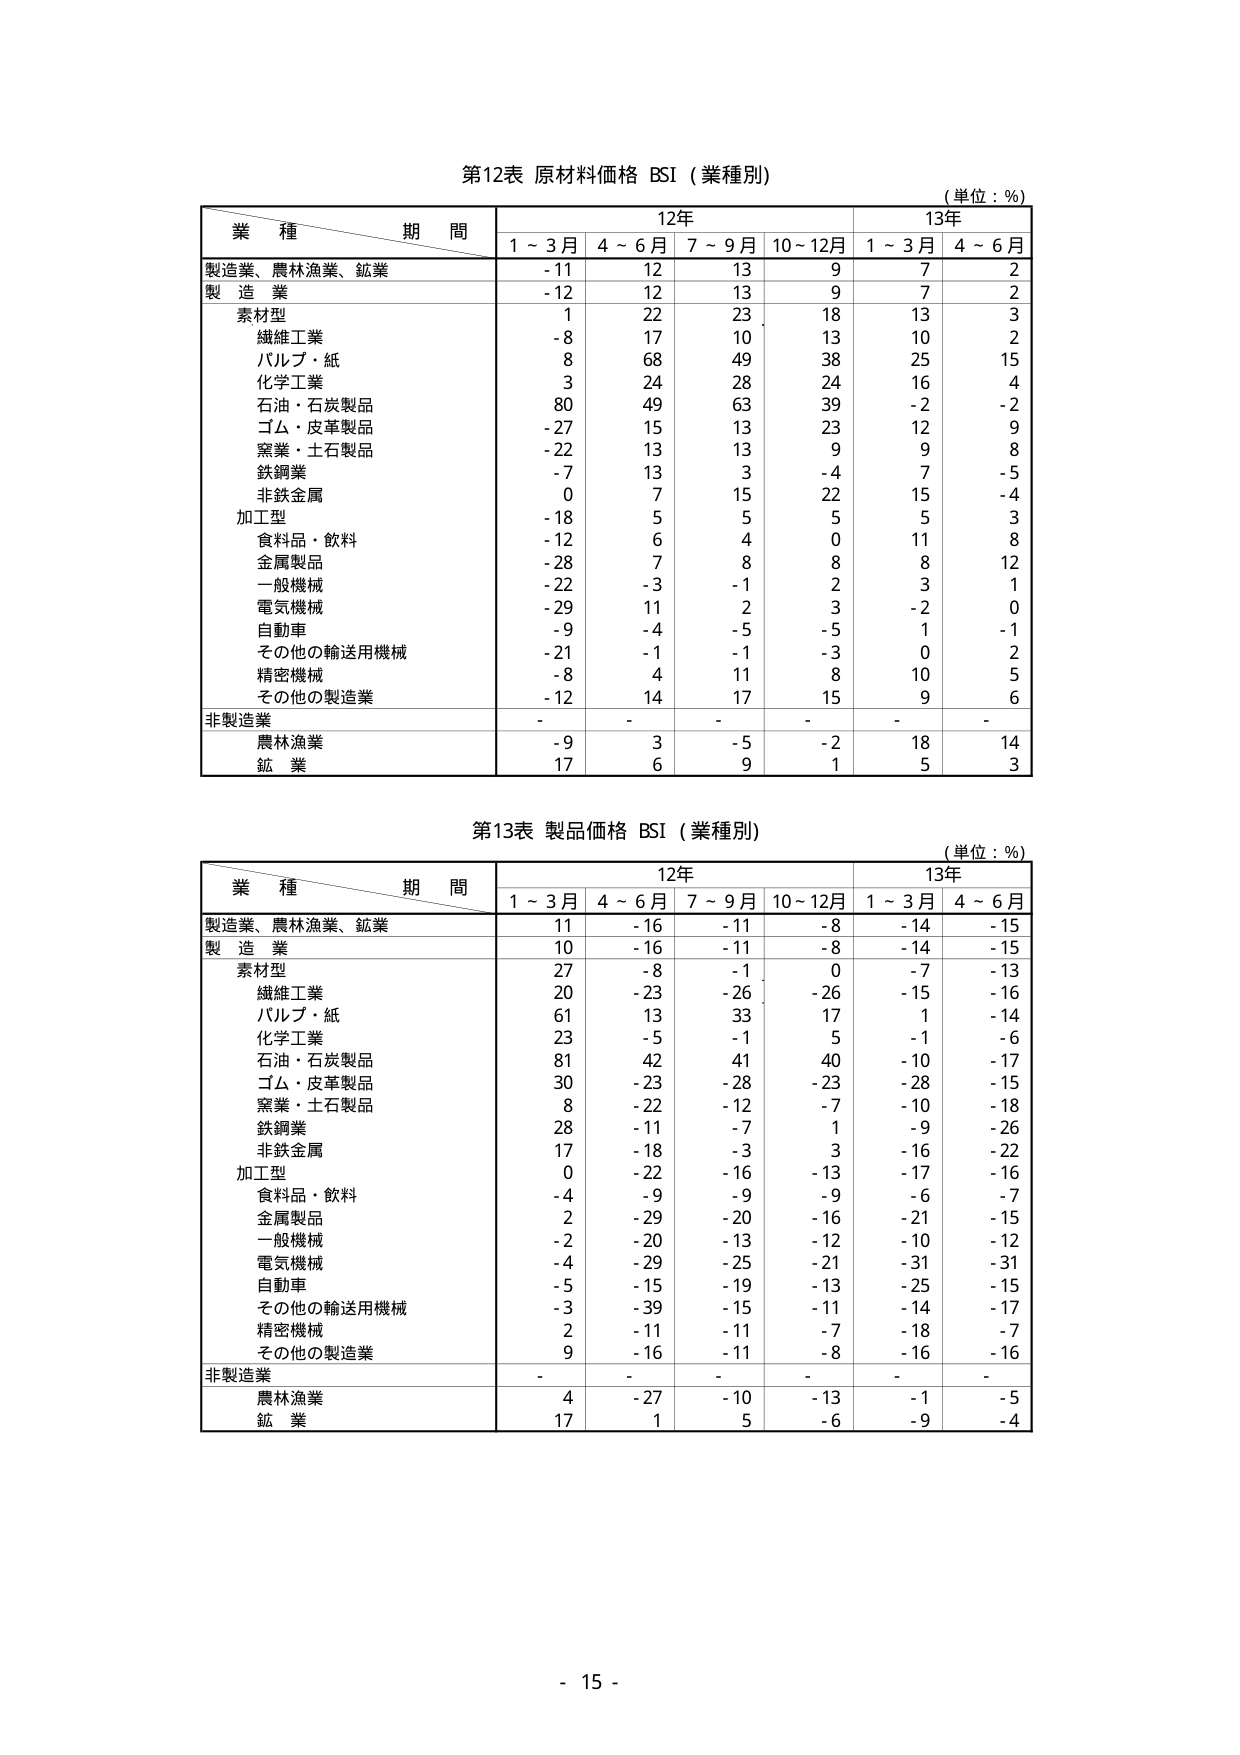
第12表 原材料価格 BSI（業種別）
（単位：％）

業種 期間